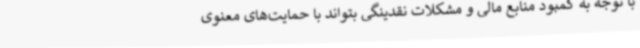
با توجه به کمبود منابع مالی و مشکلات نقدینگی بتواند با حمایت‌های معنوی